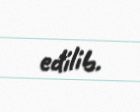
edilib.